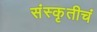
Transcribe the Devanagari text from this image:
संस्कृतीचं